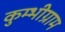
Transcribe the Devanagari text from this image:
कुम्भीग्राम